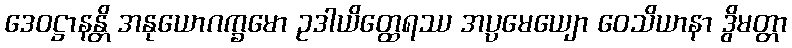
ဒေဝဋ္ဌာနန္တိ အနုယောဂက္ခမော ဥဒါယိတ္ထေရဿ အပ္ပမေယျော ဝေသိယာနာ ဒွိမတ္တာ